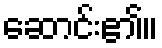
ဆောင်း၏။